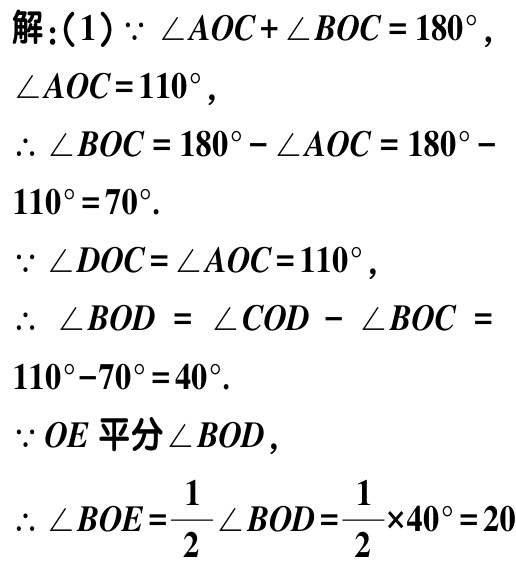
解：(1) $\because \angle AOC + \angle BOC = 180^{\circ}$,

$\angle AOC = 110^{\circ}$,

$\therefore \angle BOC = 180^{\circ} - \angle AOC = 180^{\circ} - 110^{\circ} = 70^{\circ}$.

$\because \angle DOC = \angle AOC = 110^{\circ}$,

$\therefore \angle BOD = \angle COD - \angle BOC = 110^{\circ} - 70^{\circ} = 40^{\circ}$.

$\because OE$ 平分 $\angle BOD$,

$\therefore \angle BOE = \frac{1}{2}\angle BOD = \frac{1}{2} \times 40^{\circ} = 20^{\circ}$